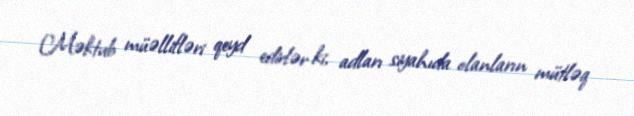
Məktub müəllifləri qeyd edirlər ki, adları siyahıda olanların mütləq